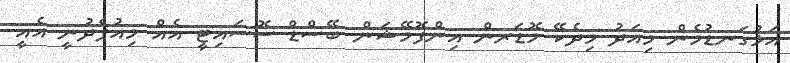
އަޅުގަނޑުމެން މިއަދު މިދެކޭ މޮޑަރން އިންފޮމޭޝަން ބޭސްޑް ސޮސައިޓީ އެއް މިއުފެދުނީ އެއީ